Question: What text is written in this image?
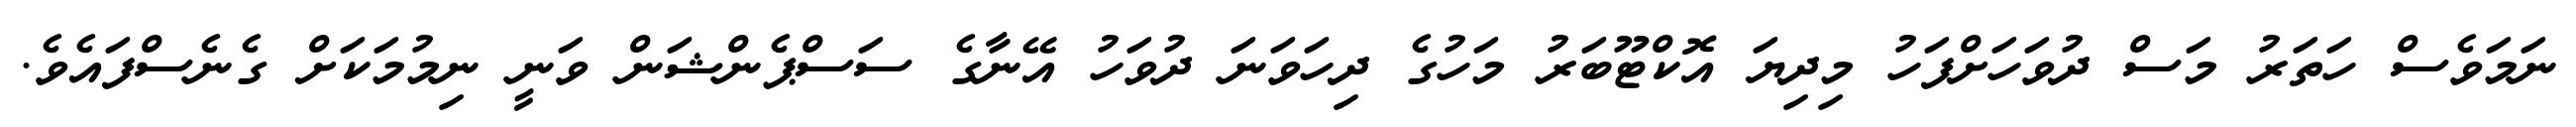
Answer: ނަމަވެސް ހަތަރު މަސް ދުވަހަށްފަހު މިދިޔަ އޮކްޓޫބަރު މަހުގެ ދިހަވަނަ ދުވަހު އޭނާގެ ސަސްޕެންޝަން ވަނީ ނިމުމަކަށް ގެނެސްފައެވެ.